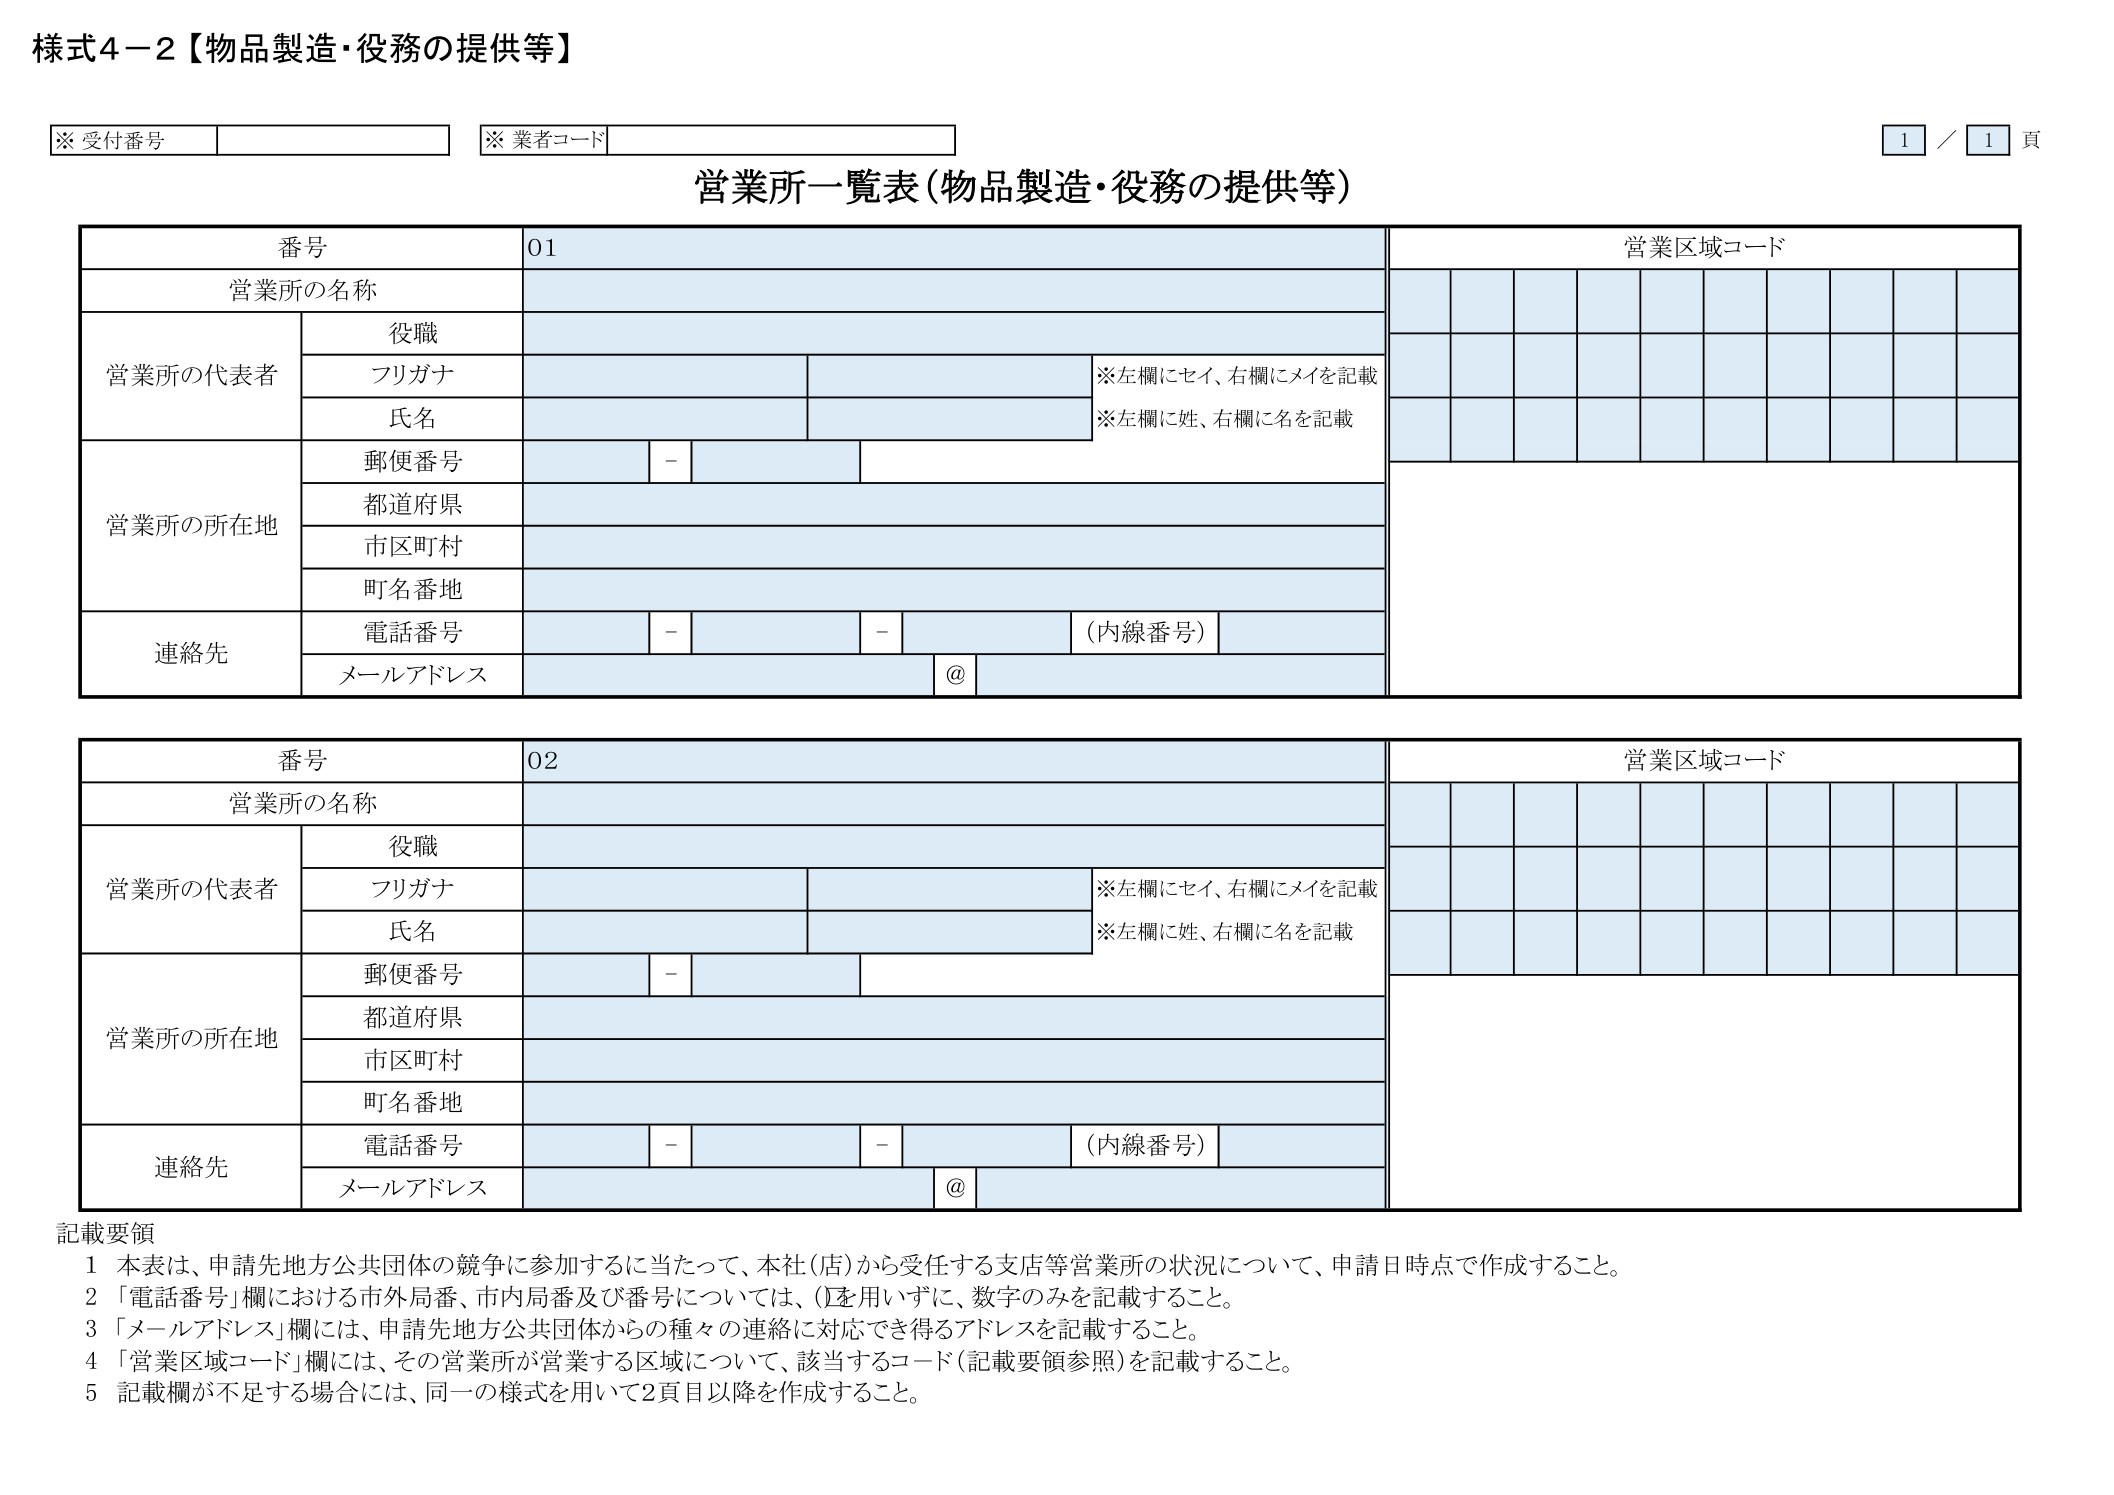
様式4－2【物品製造・役務の提供等】

※ 受付番号
※ 業者コード
1／1 頁

営業所一覧表（物品製造・役務の提供等）

番号 01
営業所の名称
営業所の代表者
役職
フリガナ
※左欄にセイ、右欄にメイを記載
氏名
※左欄に姓、右欄に名を記載
営業所の所在地
郵便番号 －
都道府県
市区町村
町名番地
連絡先
電話番号 － － （内線番号）
メールアドレス @
営業区域コード

番号 02
営業所の名称
営業所の代表者
役職
フリガナ
※左欄にセイ、右欄にメイを記載
氏名
※左欄に姓、右欄に名を記載
営業所の所在地
郵便番号 －
都道府県
市区町村
町名番地
連絡先
電話番号 － － （内線番号）
メールアドレス @
営業区域コード

記載要領
1 本表は、申請先地方公共団体の競争に参加するに当たって、本社（店）から受任する支店等営業所の状況について、申請日時点で作成すること。
2 「電話番号」欄における市外局番、市内局番及び番号については、()を用いずに、数字のみを記載すること。
3 「メールアドレス」欄には、申請先地方公共団体からの種々の連絡に対応でき得るアドレスを記載すること。
4 「営業区域コード」欄には、その営業所が営業する区域について、該当するコード（記載要領参照）を記載すること。
5 記載欄が不足する場合には、同一の様式を用いて2頁目以降を作成すること。